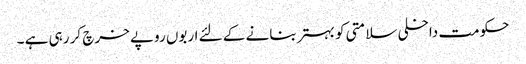
حکومت داخلی سلامتی کو بہتر بنانے کے لئے اربوں روپے خرچ کر رہی ہے ۔